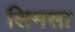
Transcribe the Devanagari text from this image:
शिमसा